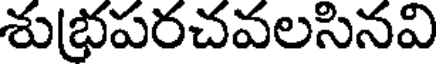
శుభ్రపరచవలసినవి